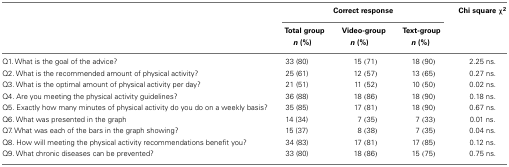
<table><thead><tr><td></td><td colspan="3"><b>Correct response</b></td><td><b>Chi square χ<sup>2</sup></b></td></tr><tr><td></td><td><b>Total group<i>n</i> (%)</b></td><td><b>Video-group<i>n</i> (%)</b></td><td><b>Text-group<i>n</i> (%)</b></td><td></td></tr></thead><tbody><tr><td>Q1. What is the goal of the advice?</td><td>33 (80)</td><td>15 (71)</td><td>18 (90)</td><td>2.25 ns.</td></tr><tr><td>Q2. What is the recommended amount of physical activity?</td><td>25 (61)</td><td>12 (57)</td><td>13 (65)</td><td>0.27 ns.</td></tr><tr><td>Q3. What is the optimal amount of physical activity per day?</td><td>21 (51)</td><td>11 (52)</td><td>10 (50)</td><td>0.02 ns.</td></tr><tr><td>Q4. Are you meeting the physical activity guidelines?</td><td>36 (88)</td><td>18 (86)</td><td>18 (90)</td><td>0.18 ns.</td></tr><tr><td>Q5. Exactly how many minutes of physical activity do you do on a weekly basis?</td><td>35 (85)</td><td>17 (81)</td><td>18 (90)</td><td>0.67 ns.</td></tr><tr><td>Q6. What was presented in the graph</td><td>14 (34)</td><td>7 (35)</td><td>7 (33)</td><td>0.01 ns.</td></tr><tr><td>Q7. What was each of the bars in the graph showing?</td><td>15 (37)</td><td>8 (38)</td><td>7 (35)</td><td>0.04 ns.</td></tr><tr><td>Q8. How will meeting the physical activity recommendations benefit you?</td><td>34 (83)</td><td>17 (81)</td><td>17 (85)</td><td>0.12 ns.</td></tr><tr><td>Q9. What chronic diseases can be prevented?</td><td>33 (80)</td><td>18 (86)</td><td>15 (75)</td><td>0.75 ns.</td></tr></tbody></table>